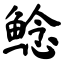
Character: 鲶